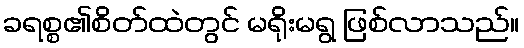
ခရစ္စ၏စိတ်ထဲတွင် မရိုးမရွ ဖြစ်လာသည်။